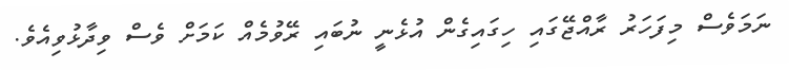
ނަމަވެސް މިފަހަރު ރާއްޖޭގައި ހިގައިގެން އުޅެނީ ނުބައި ރޭވުމެއް ކަމަށް ވެސް ވިދާޅުވިއެވެ.